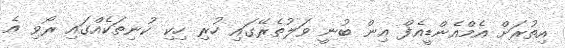
އިތުރަށް އެމްއެންޑީއެފް އިން ބުނީ ވަލުތެރޭގައި ހުރި ހިކި ކުނިތަކެއްގައި ރޯވި އެ